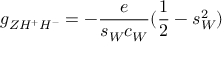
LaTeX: g _ { Z H ^ { + } H ^ { - } } = - \frac { e } { s _ { W } c _ { W } } ( \frac { 1 } { 2 } - s _ { W } ^ { 2 } )